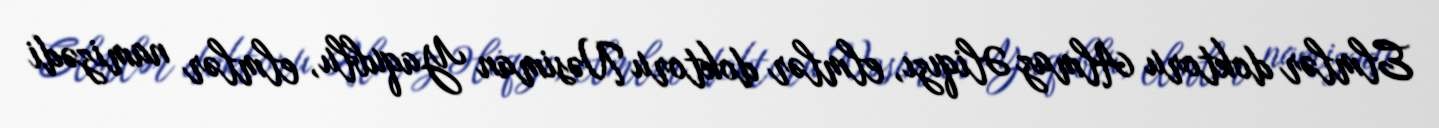
Elmlər doktoru Almaz Əliqızı, elmlər doktoru Nəsiman Yaqublu, elmlər namizədi